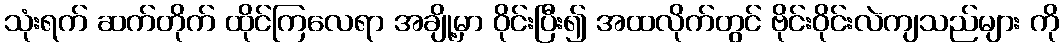
သုံးရက် ဆက်တိုက် ထိုင်ကြလေရာ အချို့မှာ ဝိုင်းပြီး၍ အထလိုက်တွင် ဗိုင်းဝိုင်းလဲကျသည်များ ကို